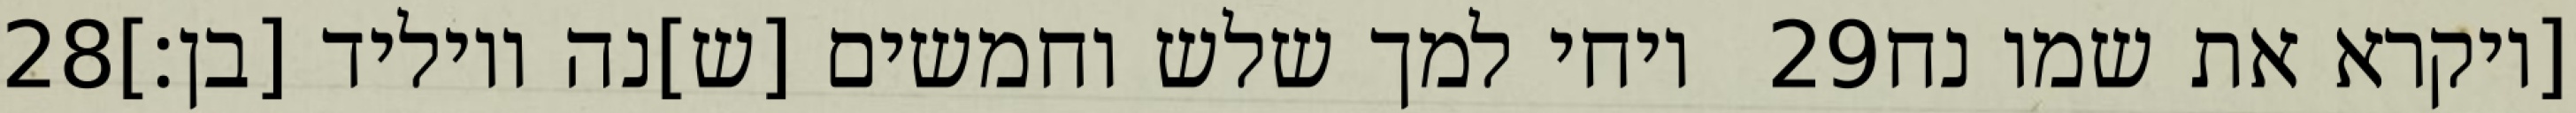
‎28‏ ויחי למך שלש וחמשים [ש]נה ויוליד [בן׃] ‎29‏ [ויקרא את שמו נח